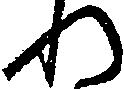
れ